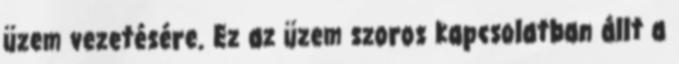
üzem vezetésére. Ez az üzem szoros kapcsolatban állt a